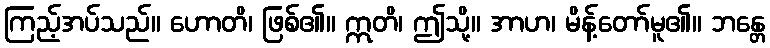
ကြည့်အပ်သည်။ ဟောတိ၊ ဖြစ်၏။ ဣတိ၊ ဤသို့။ အာဟ၊ မိန့်တော်မူ၏။ ဘန္တေ